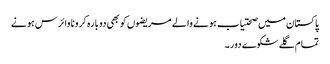
پاکستان میں صحتیاب ہونے والے مریضوں کو بھی دوبارہ کرونا وائرس ہونے
تمام گلے شکوے دور ۔